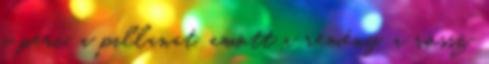
a perc, a pillanat, amott a remény, a rossz